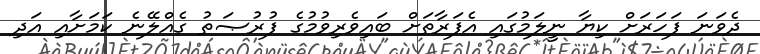
ދެވަނަ ފަހަރަށް ކިޔާ ނީލަމުގައި އެފަރާތަށް ބައިވެރިވުމުގެ ފުރުޞަތު ގެއްލޭނެ ކަމަށާއި އަދި